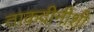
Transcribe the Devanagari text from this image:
ताकदीनीशी